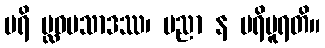
ပရိ ပ္လဝပသာဒဿ၊ ပညာ န ပရိပူရတိ။